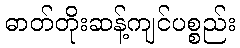
ဓာတ်တိုးဆန့်ကျင်ပစ္စည်း